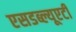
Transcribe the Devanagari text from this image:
एसडब्ल्यूएटी